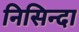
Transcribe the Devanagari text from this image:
निसिन्दा